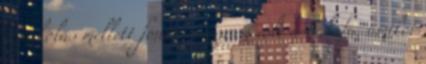
a pakolás mellett fontos program volt a hálafa, amikor